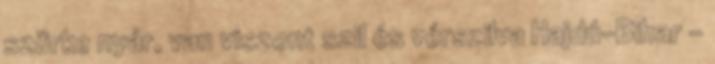
szürke nyár, van viszont szil és vérszilva Hajdú-Bihar –